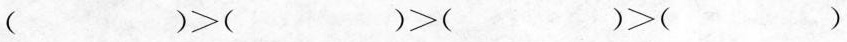
( )>( )>( )>( )